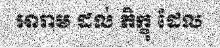
អារាម ដល់ ភិក្ខុ ដែល